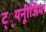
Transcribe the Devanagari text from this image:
ट््यनूीजिया